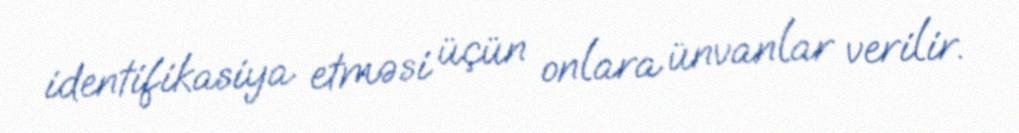
identifikasiya etməsi üçün onlara ünvanlar verilir.